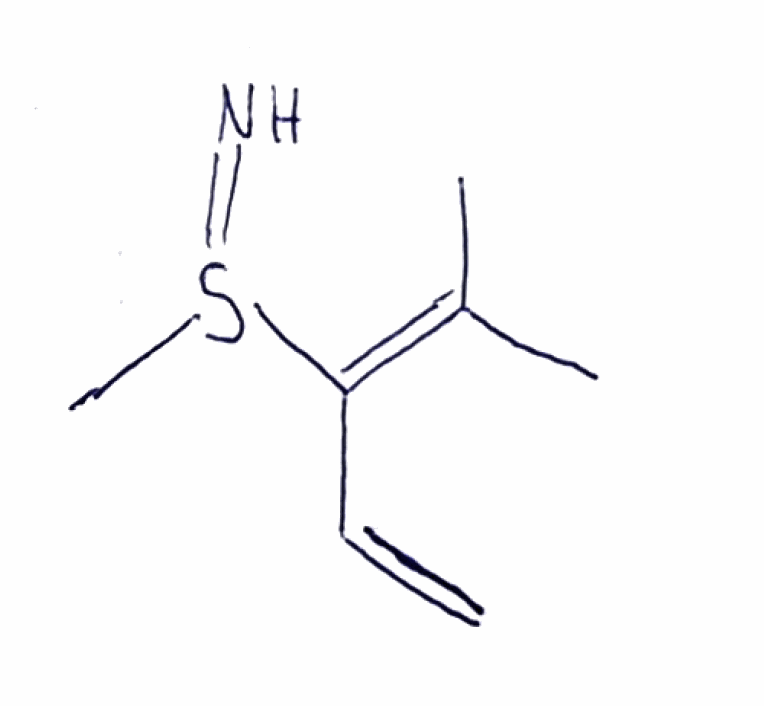
Simplified molecular-input line-entry system (SMILES) notation of the given molecule:
CC(=C(C=C)S(=N)C)C